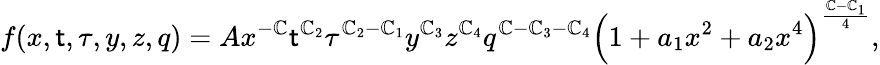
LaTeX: f(x,\mathsf{t},\tau,y,z,q)=Ax^{-\mathbb{C}}\mathsf{t}^{\mathbb{C}_{2}}\tau^{\mathbb{C}_{2}-\mathbb{C}_{1}}y^{\mathbb{C}_{3}}z^{\mathbb{C}_{4}}q^{\mathbb{C}-\mathbb{C}_{3}-\mathbb{C}_{4}}\Bigl(1+a_{1}x^{2}+a_{2}x^{4}\Bigr)^{{\frac{{\mathbb{C}-\mathbb{C}_{1}}}{{4}}}},